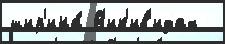
шир'ина́ В'ик'ив'идах